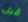
قبل